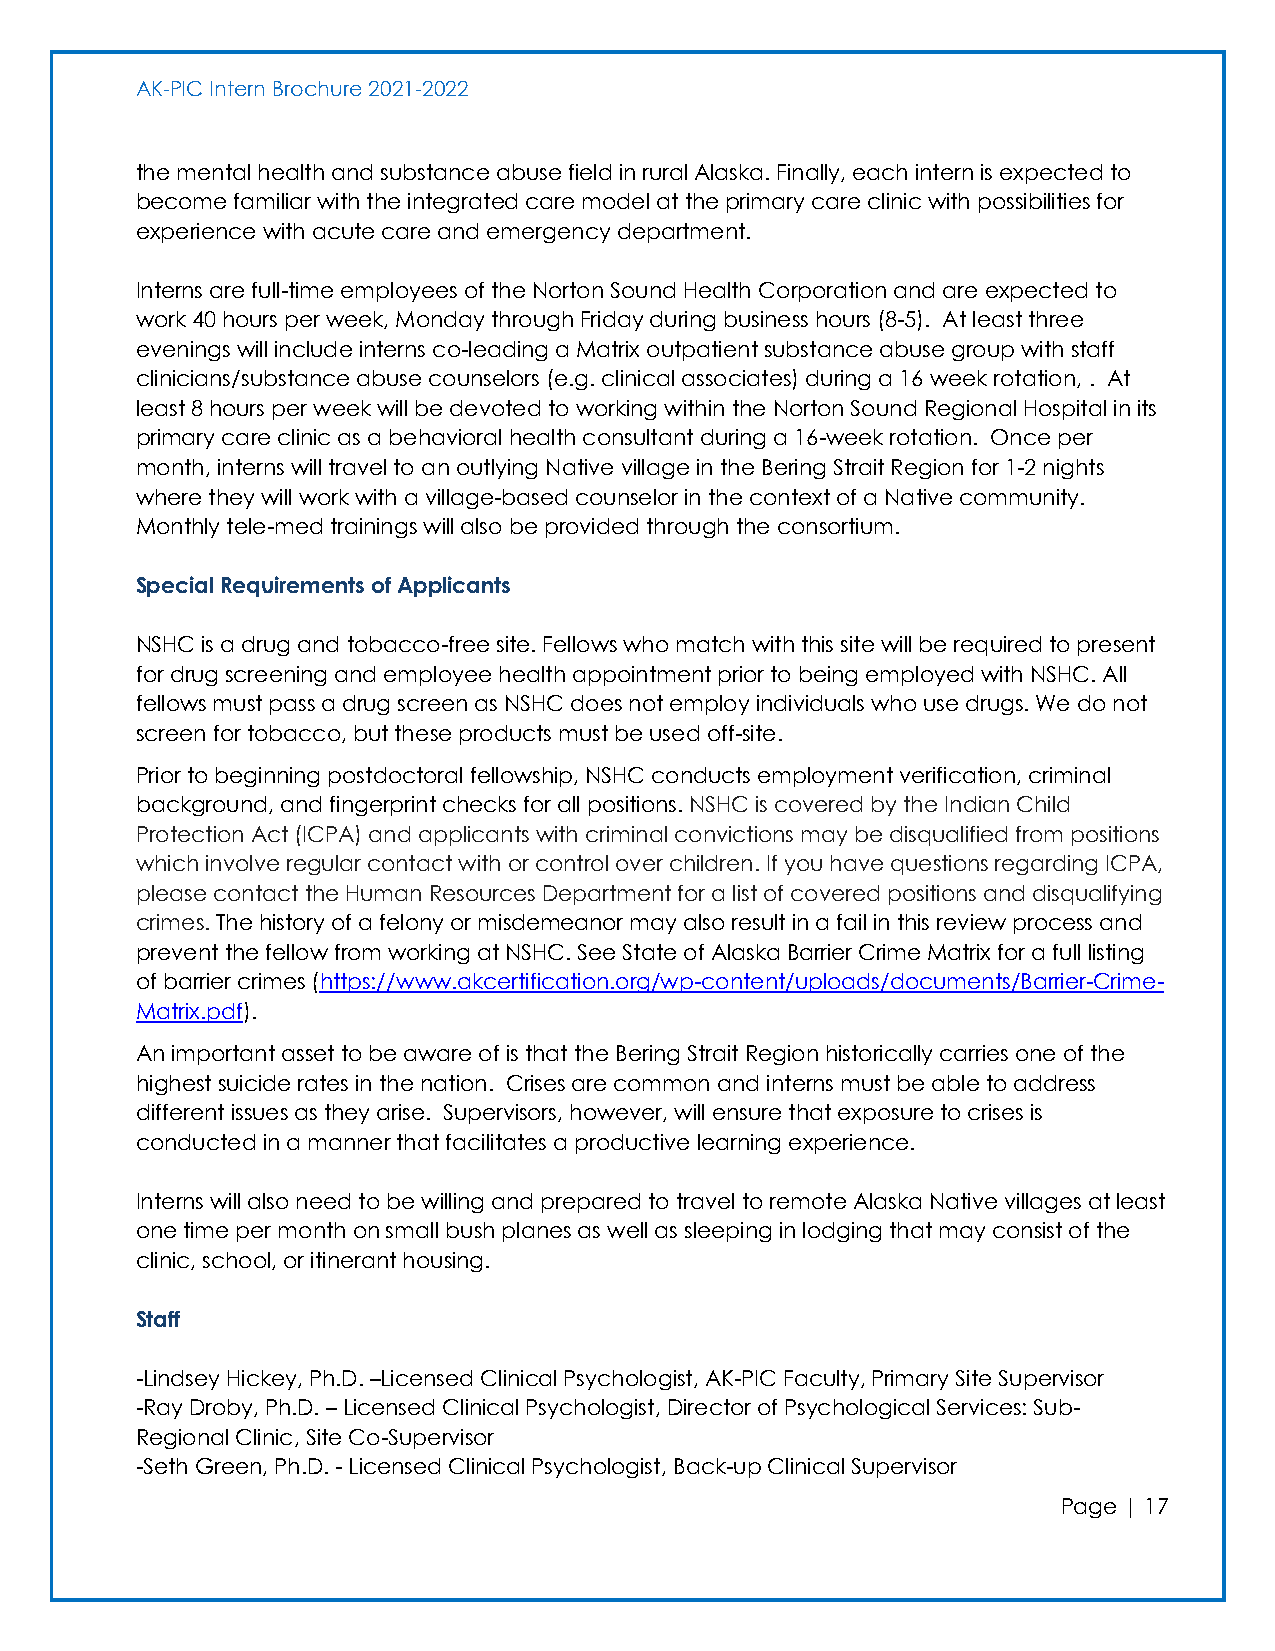
AK-PIC Intern Brochure 2021-2022
 the mental health and substance abuse field in rural Alaska. Finally, each intern is expected to
 become familiar with the integrated care model at the primary care clinic with possibilities for
 experience with acute care and emergency department.
 Interns are full-time employees of the Norton Sound Health Corporation and are expected to
 work 40 hours per week, Monday through Friday during business hours (8-5). At least three
 evenings will include interns co-leading a Matrix outpatient substance abuse group with staff
 clinicians/substance abuse counselors (e.g. clinical associates) during a 16 week rotation, . At
 least 8 hours per week will be devoted to working within the Norton Sound Regional Hospital in its
 primary care clinic as a behavioral health consultant during a 16-week rotation. Once per
 month, interns will travel to an outlying Native village in the Bering Strait Region for 1-2 nights
 where they will work with a village-based counselor in the context of a Native community.
 Monthly tele-med trainings will also be provided through the consortium.
 Special Requirements of Applicants
 NSHC is a drug and tobacco-free site. Fellows who match with this site will be required to present
 for drug screening and employee health appointment prior to being employed with NSHC. All
 fellows must pass a drug screen as NSHC does not employ individuals who use drugs. We do not
 screen for tobacco, but these products must be used off-site.
 Prior to beginning postdoctoral fellowship, NSHC conducts employment verification, criminal
 background, and fingerprint checks for all positions. NSHC is covered by the Indian Child
 Protection Act (ICPA) and applicants with criminal convictions may be disqualified from positions
 which involve regular contact with or control over children. If you have questions regarding ICPA,
 please contact the Human Resources Department for a list of covered positions and disqualifying
 crimes. The history of a felony or misdemeanor may also result in a fail in this review process and
 prevent the fellow from working at NSHC. See State of Alaska Barrier Crime Matrix for a full listing
 of barrier crimes (https://www.akcertification.org/wp-content/uploads/documents/Barrier-Crime-
 Matrix.pdf).
 An important asset to be aware of is that the Bering Strait Region historically carries one of the
 highest suicide rates in the nation. Crises are common and interns must be able to address
 different issues as they arise. Supervisors, however, will ensure that exposure to crises is
 conducted in a manner that facilitates a productive learning experience.
 Interns will also need to be willing and prepared to travel to remote Alaska Native villages at least
 one time per month on small bush planes as well as sleeping in lodging that may consist of the
 clinic, school, or itinerant housing.
 Staff
 -Lindsey Hickey, Ph.D. –Licensed Clinical Psychologist, AK-PIC Faculty, Primary Site Supervisor
 -Ray Droby, Ph.D. – Licensed Clinical Psychologist, Director of Psychological Services: Sub-
 Regional Clinic, Site Co-Supervisor
 -Seth Green, Ph.D. - Licensed Clinical Psychologist, Back-up Clinical Supervisor
 Page | 17